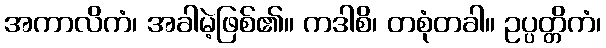
အကာလိကံ၊ အခါမဲ့ဖြစ်၏။ ကဒါစိ၊ တစုံတခါ။ ဥပ္ပတ္တိကံ၊